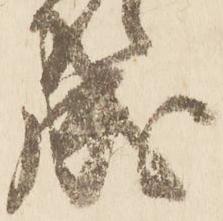
成